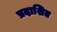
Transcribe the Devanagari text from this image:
प्रदाशित